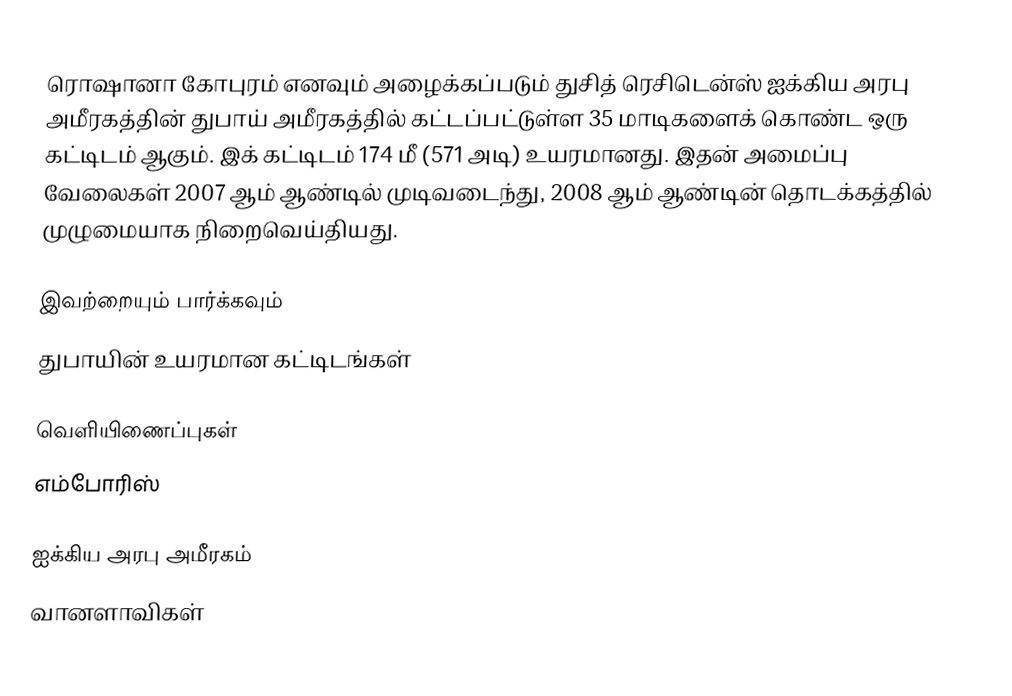
ரொஷானா கோபுரம் எனவும் அழைக்கப்படும் துசித் ரெசிடென்ஸ் ஐக்கிய அரபு அமீரகத்தின் துபாய் அமீரகத்தில் கட்டப்பட்டுள்ள 35 மாடிகளைக் கொண்ட ஒரு கட்டிடம் ஆகும். இக் கட்டிடம் 174 மீ (571 அடி) உயரமானது. இதன் அமைப்பு வேலைகள் 2007 ஆம் ஆண்டில் முடிவடைந்து, 2008 ஆம் ஆண்டின் தொடக்கத்தில் முழுமையாக நிறைவெய்தியது.

இவற்றையும் பார்க்கவும்
 துபாயின் உயரமான கட்டிடங்கள்

வெளியிணைப்புகள்
எம்போரிஸ்

ஐக்கிய அரபு அமீரகம்
வானளாவிகள்